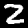
Label: 2